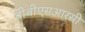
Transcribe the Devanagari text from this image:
बीबीएसआरसी